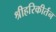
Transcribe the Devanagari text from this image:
श्रीहरिकीर्तन